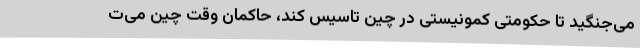
می‌جنگید تا حکومتی کمونیستی در چین تاسیس کند، حاکمان وقت چین می‌ت